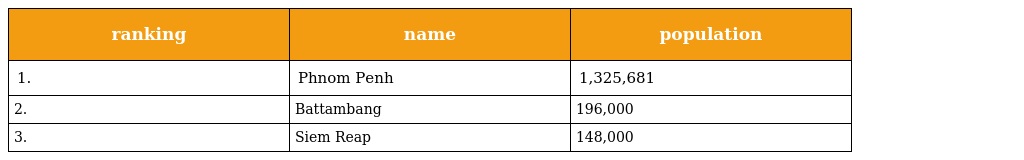
| ranking | name | population |
 | --- | --- | --- |
 | 1. | Phnom Penh | 1,325,681 |
 | 2. | Battambang | 196,000 |
 | 3. | Siem Reap | 148,000 |